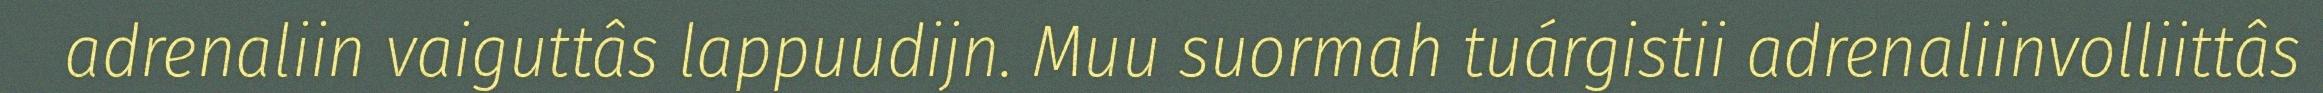
adrenaliin vaiguttâs lappuudijn. Muu suormah tuárgistii adrenaliinvolliittâs